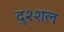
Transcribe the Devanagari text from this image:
दुश्शल